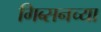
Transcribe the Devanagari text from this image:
गिब्सनच्या